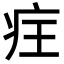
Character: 𭼆